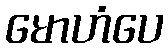
မောဟံပေ